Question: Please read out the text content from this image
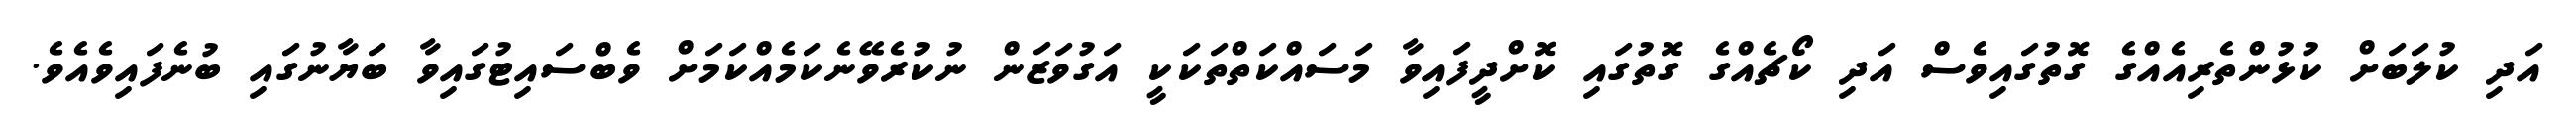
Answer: އަދި ކުލަބަށް ކުޅުންތެރިއެއްގެ ގޮތުގައިވެސް އަދި ކޯޗެއްގެ ގޮތުގައި ކޮށްދީފައިވާ މަސައްކަތްތަކަކީ އަގުވަޒަން ނުކުރެވޭނެކަމެއްކަމަށް ވެބްސައިޓުގައިވާ ބަޔާނުގައި ބުނެފައިވެއެވެ.